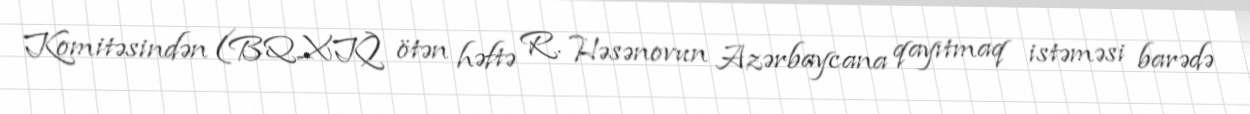
Komitəsindən (BQXK) ötən həftə R. Həsənovun Azərbaycana qayıtmaq istəməsi barədə